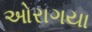
ઓરાગયા